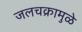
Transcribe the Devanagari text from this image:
जलचक्रामुळे